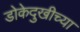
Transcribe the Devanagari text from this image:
डोकेदुखीच्या